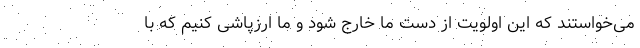
می‌خواستند که این اولویت از دست ما خارج شود و ما ارزپاشی کنیم که با